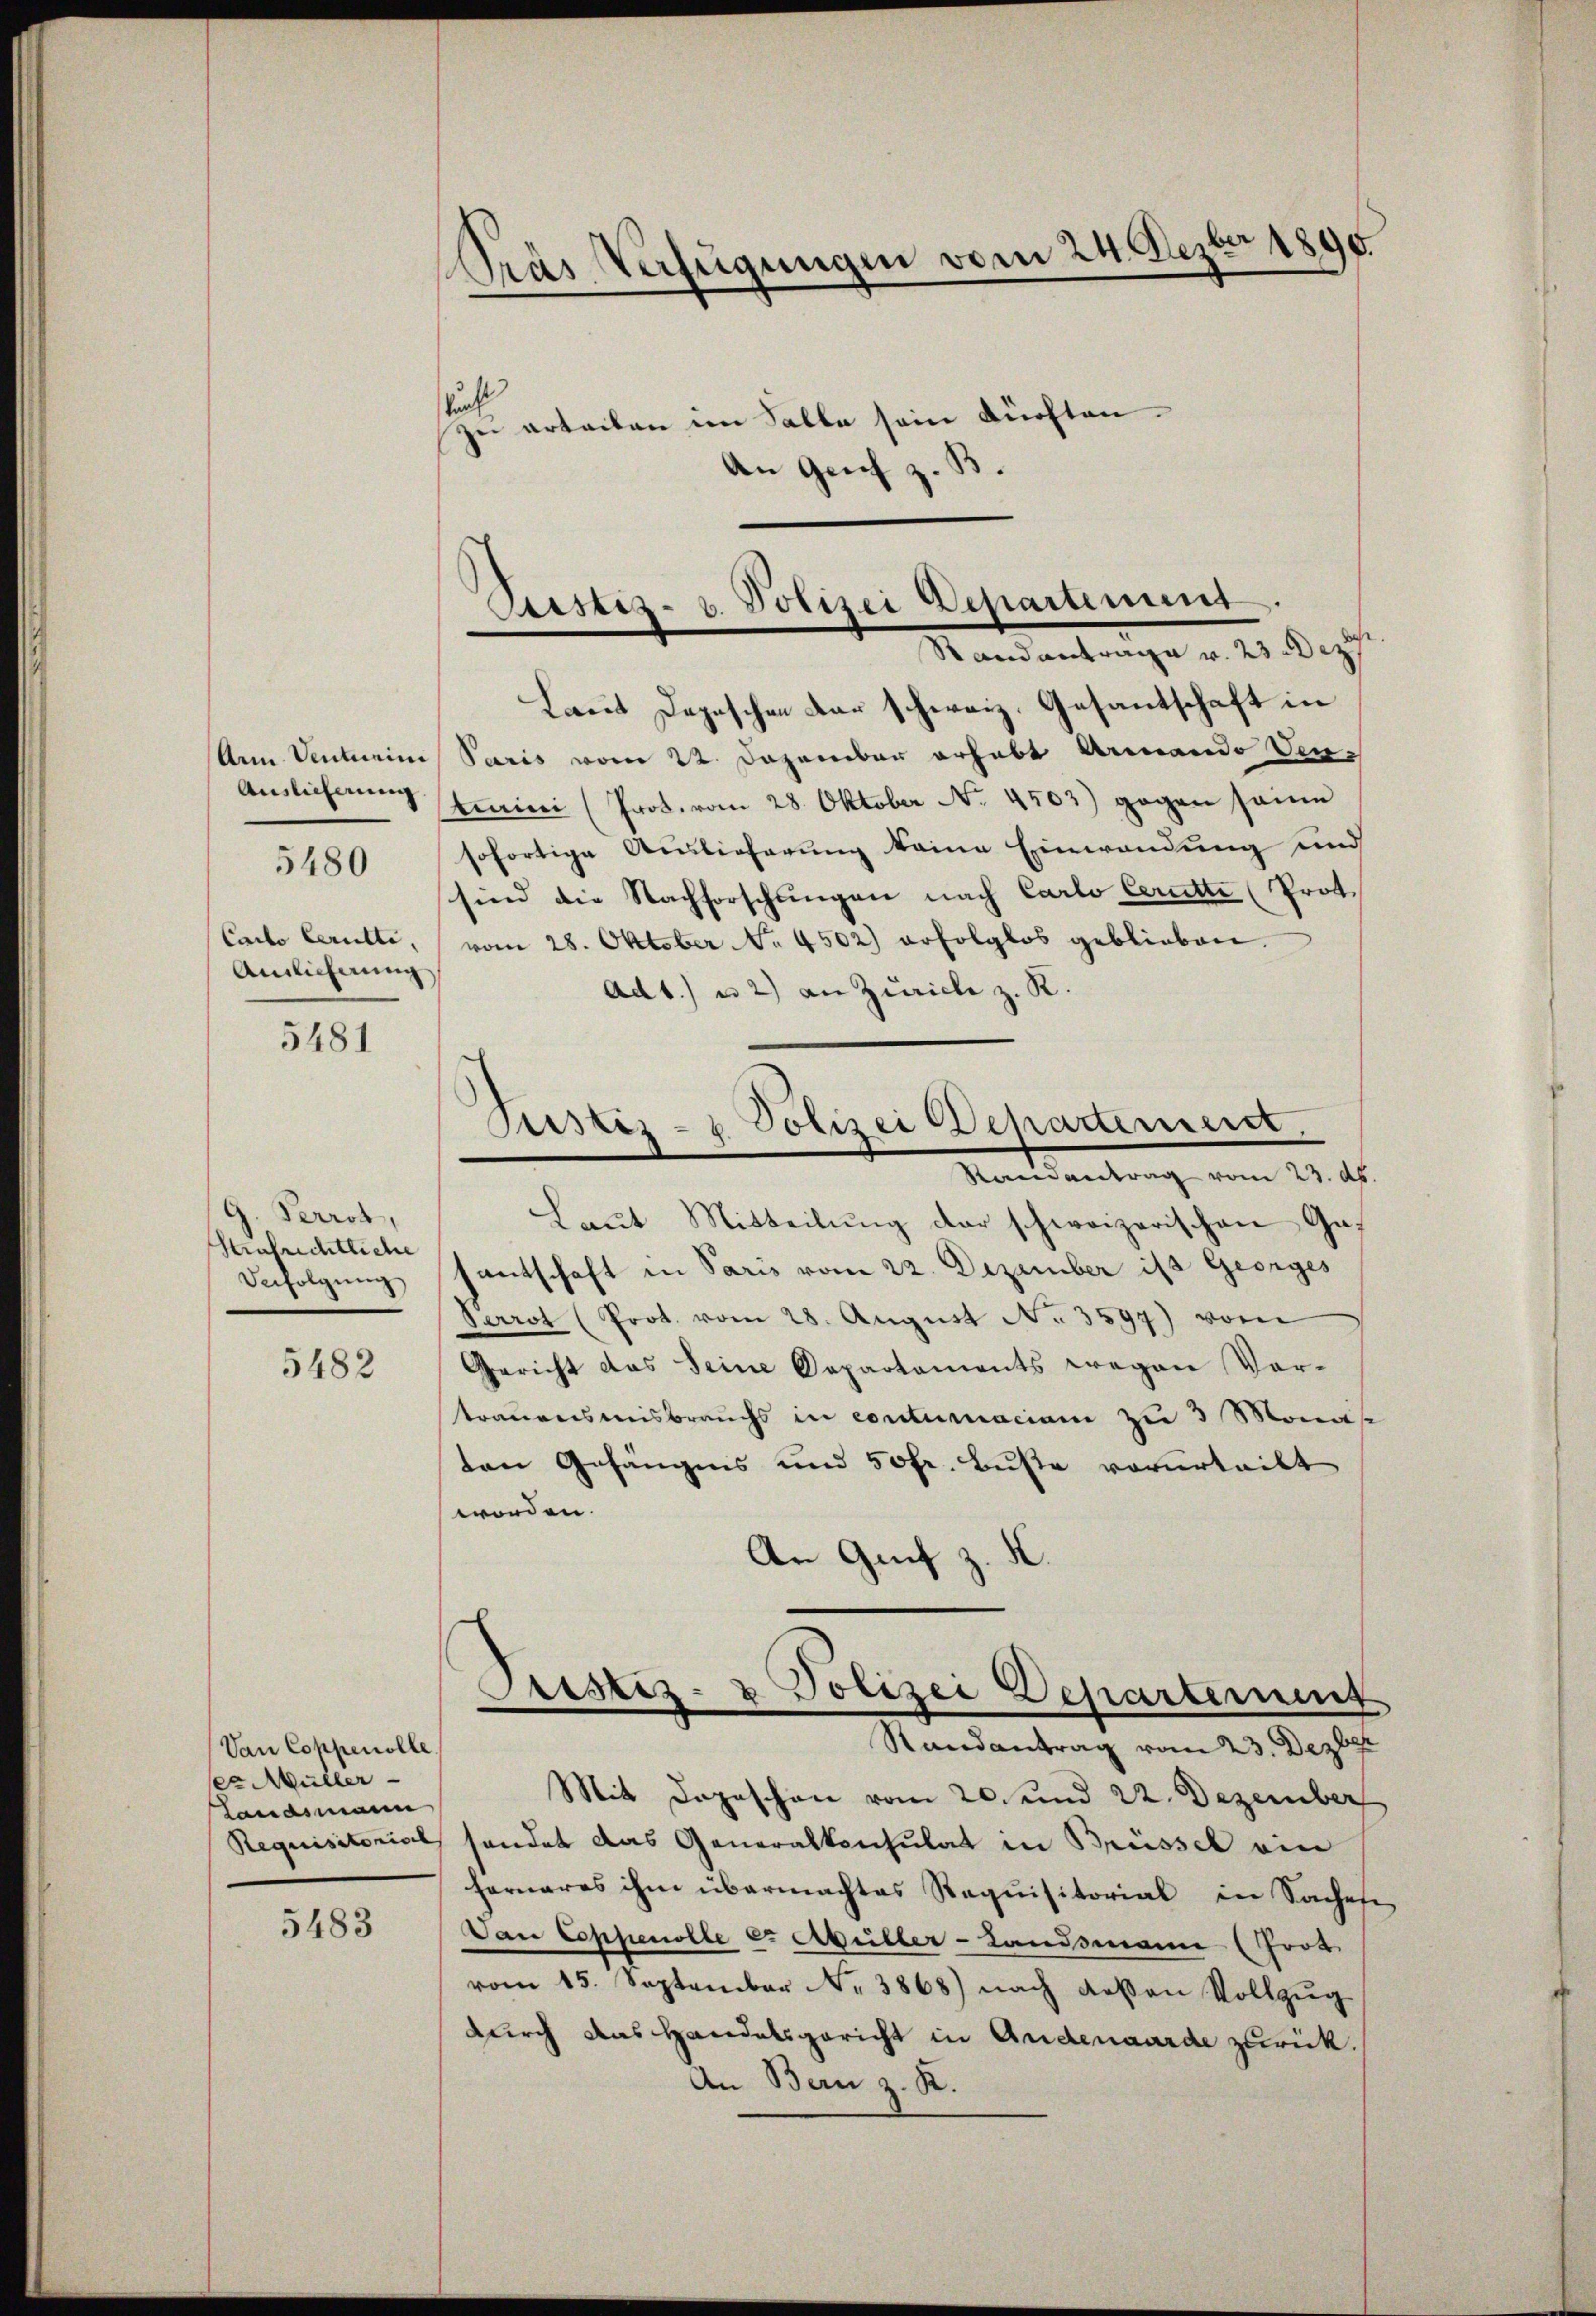
Auslicherung
Cacto Cerulli,
Ainlicherung

5480

5481

G. Perrot,
Strafrichtliche
Befolgung

5482

Van Coppenolle
ser Müller
Landsmann

5483

rás Verfügungen vom 24. Nezber 1890.

kuch
zu erteilen im Salle sein dürften
An Genf z. B.

Sistiz- u. Polizei Departement
Randantrage v. 23 Dez

Laut Depeschen der schweiz. Gesantschaft in
Ann Venturini Paris vom 22. Dezember erhebt Arando Vn¬
Scaricei (Prot. vom 28. Oktober No. 4503) gegen seine
sofortige Auslieferung keine Einwendung und
sind die Nachforschungen nach Carlo Cerütte (Prot.
vom 28. Oktober No. 4502) erfolglos geblieben.
Ad 1) u. 2) an Zürich z. R.
Laut Mitteilŭng der schweizerischen Gas
santschaft in Paris vom 22. Dezember ist Georges
Perrot (Prot. vom 28. Aŭgŭst N. 3597) vom
Gericht das Seine Departaments wegen Vortrauensmisbrauchs in contumaciam zu 3 Monas
ten Gefängnis und 50fr. Buste vorurteilt
worden.
An Genf z. K.
Pristiz- & Polizei Departement
Randantrag vom 23. Dezber
Mit Depeschen vom 20. und 22. Dezember
Requisitorial sendet das Generalkonsulat in Brüssel ein
ferneres ihm übermachtes Requisitorial in Sachese
Van Coppenolle er Abriller-Landsmann (Frot
vom 15. September Nr. 3868) nach deßen Vollzŭg
durch das Handelsgericht in Anderaarde zurück.
An Bern z. R.

Polizei Departement.
Justiz-
Randantrag vom 23. d.